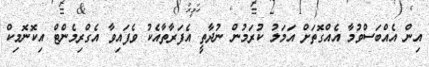
އިން އެއްބަސްވުމާ އެއްގޮތަށް އަމަލު ކުރަމުން ނުދާތީ އެފަރާތާއެކު ވެފައިވާ އެގްރިމެންޓް އިކޮނޮމިކް